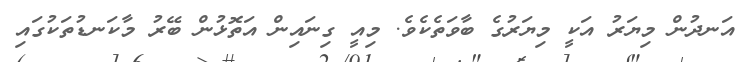
އަނދުން މިޔަރު އަކީ މިޔަރުގެ ބާވަތެކެވެ. މިއީ ގިނައިން އަތޮޅުން ބޭރު މާކަނޑުތަކުގައި